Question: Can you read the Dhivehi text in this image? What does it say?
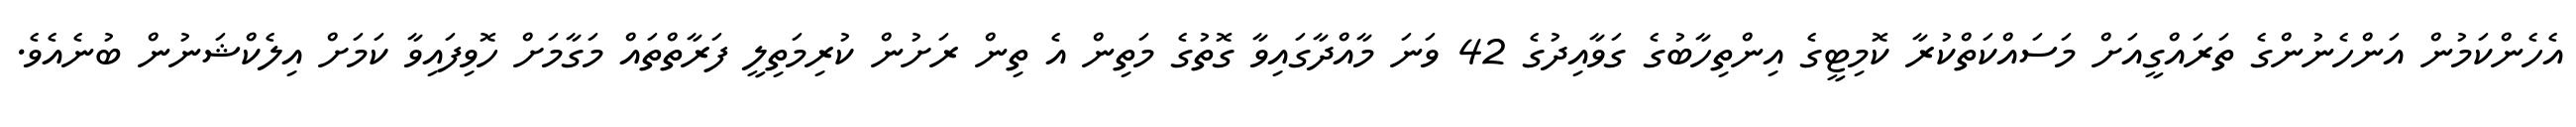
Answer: އެހެންކަމުން އަންހެނުންގެ ތަރައްގީއަށް މަސައްކަތްކުރާ ކޮމިޓީގެ އިންތިހާބުގެ ގަވާއިދުގެ 42 ވަނަ މާއްދާގައިވާ ގޮތުގެ މަތިން އެ ތިން ރަށުން ކުރިމަތިލީ ފަރާތްތައް މަގާމަށް ހޮވިފައިވާ ކަމަށް އިލެކްޝަނުން ބުނެއެވެ.